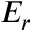
E _ { r }